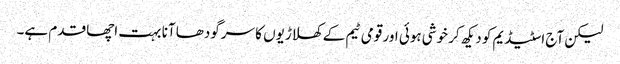
لیکن آج اسٹیڈیم کو دیکھ کر خوشی ہوئی اور قومی ٹیم کے کھلاڑیوں کا سرگودھا آنا بہت اچھا قدم ہے۔